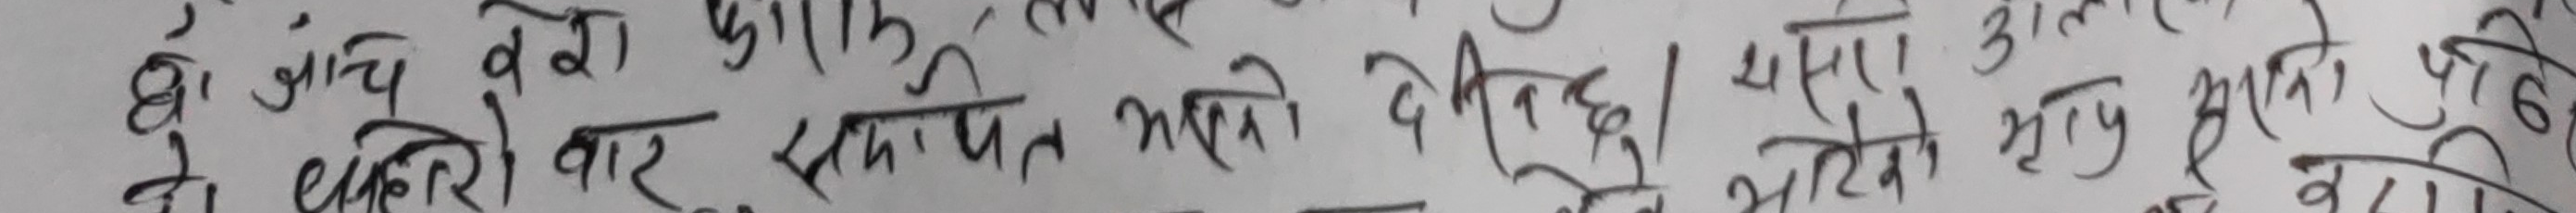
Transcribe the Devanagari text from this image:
यो जाँच बेरा फाँट लागि
जो चक्री वार सचेत भएको देखिन्छ । यसले आगो भएको छैन ।